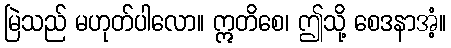
မြဲသည် မဟုတ်ပါလော။ ဣတိစေ၊ ဤသို့ စေဒနာအံ့။